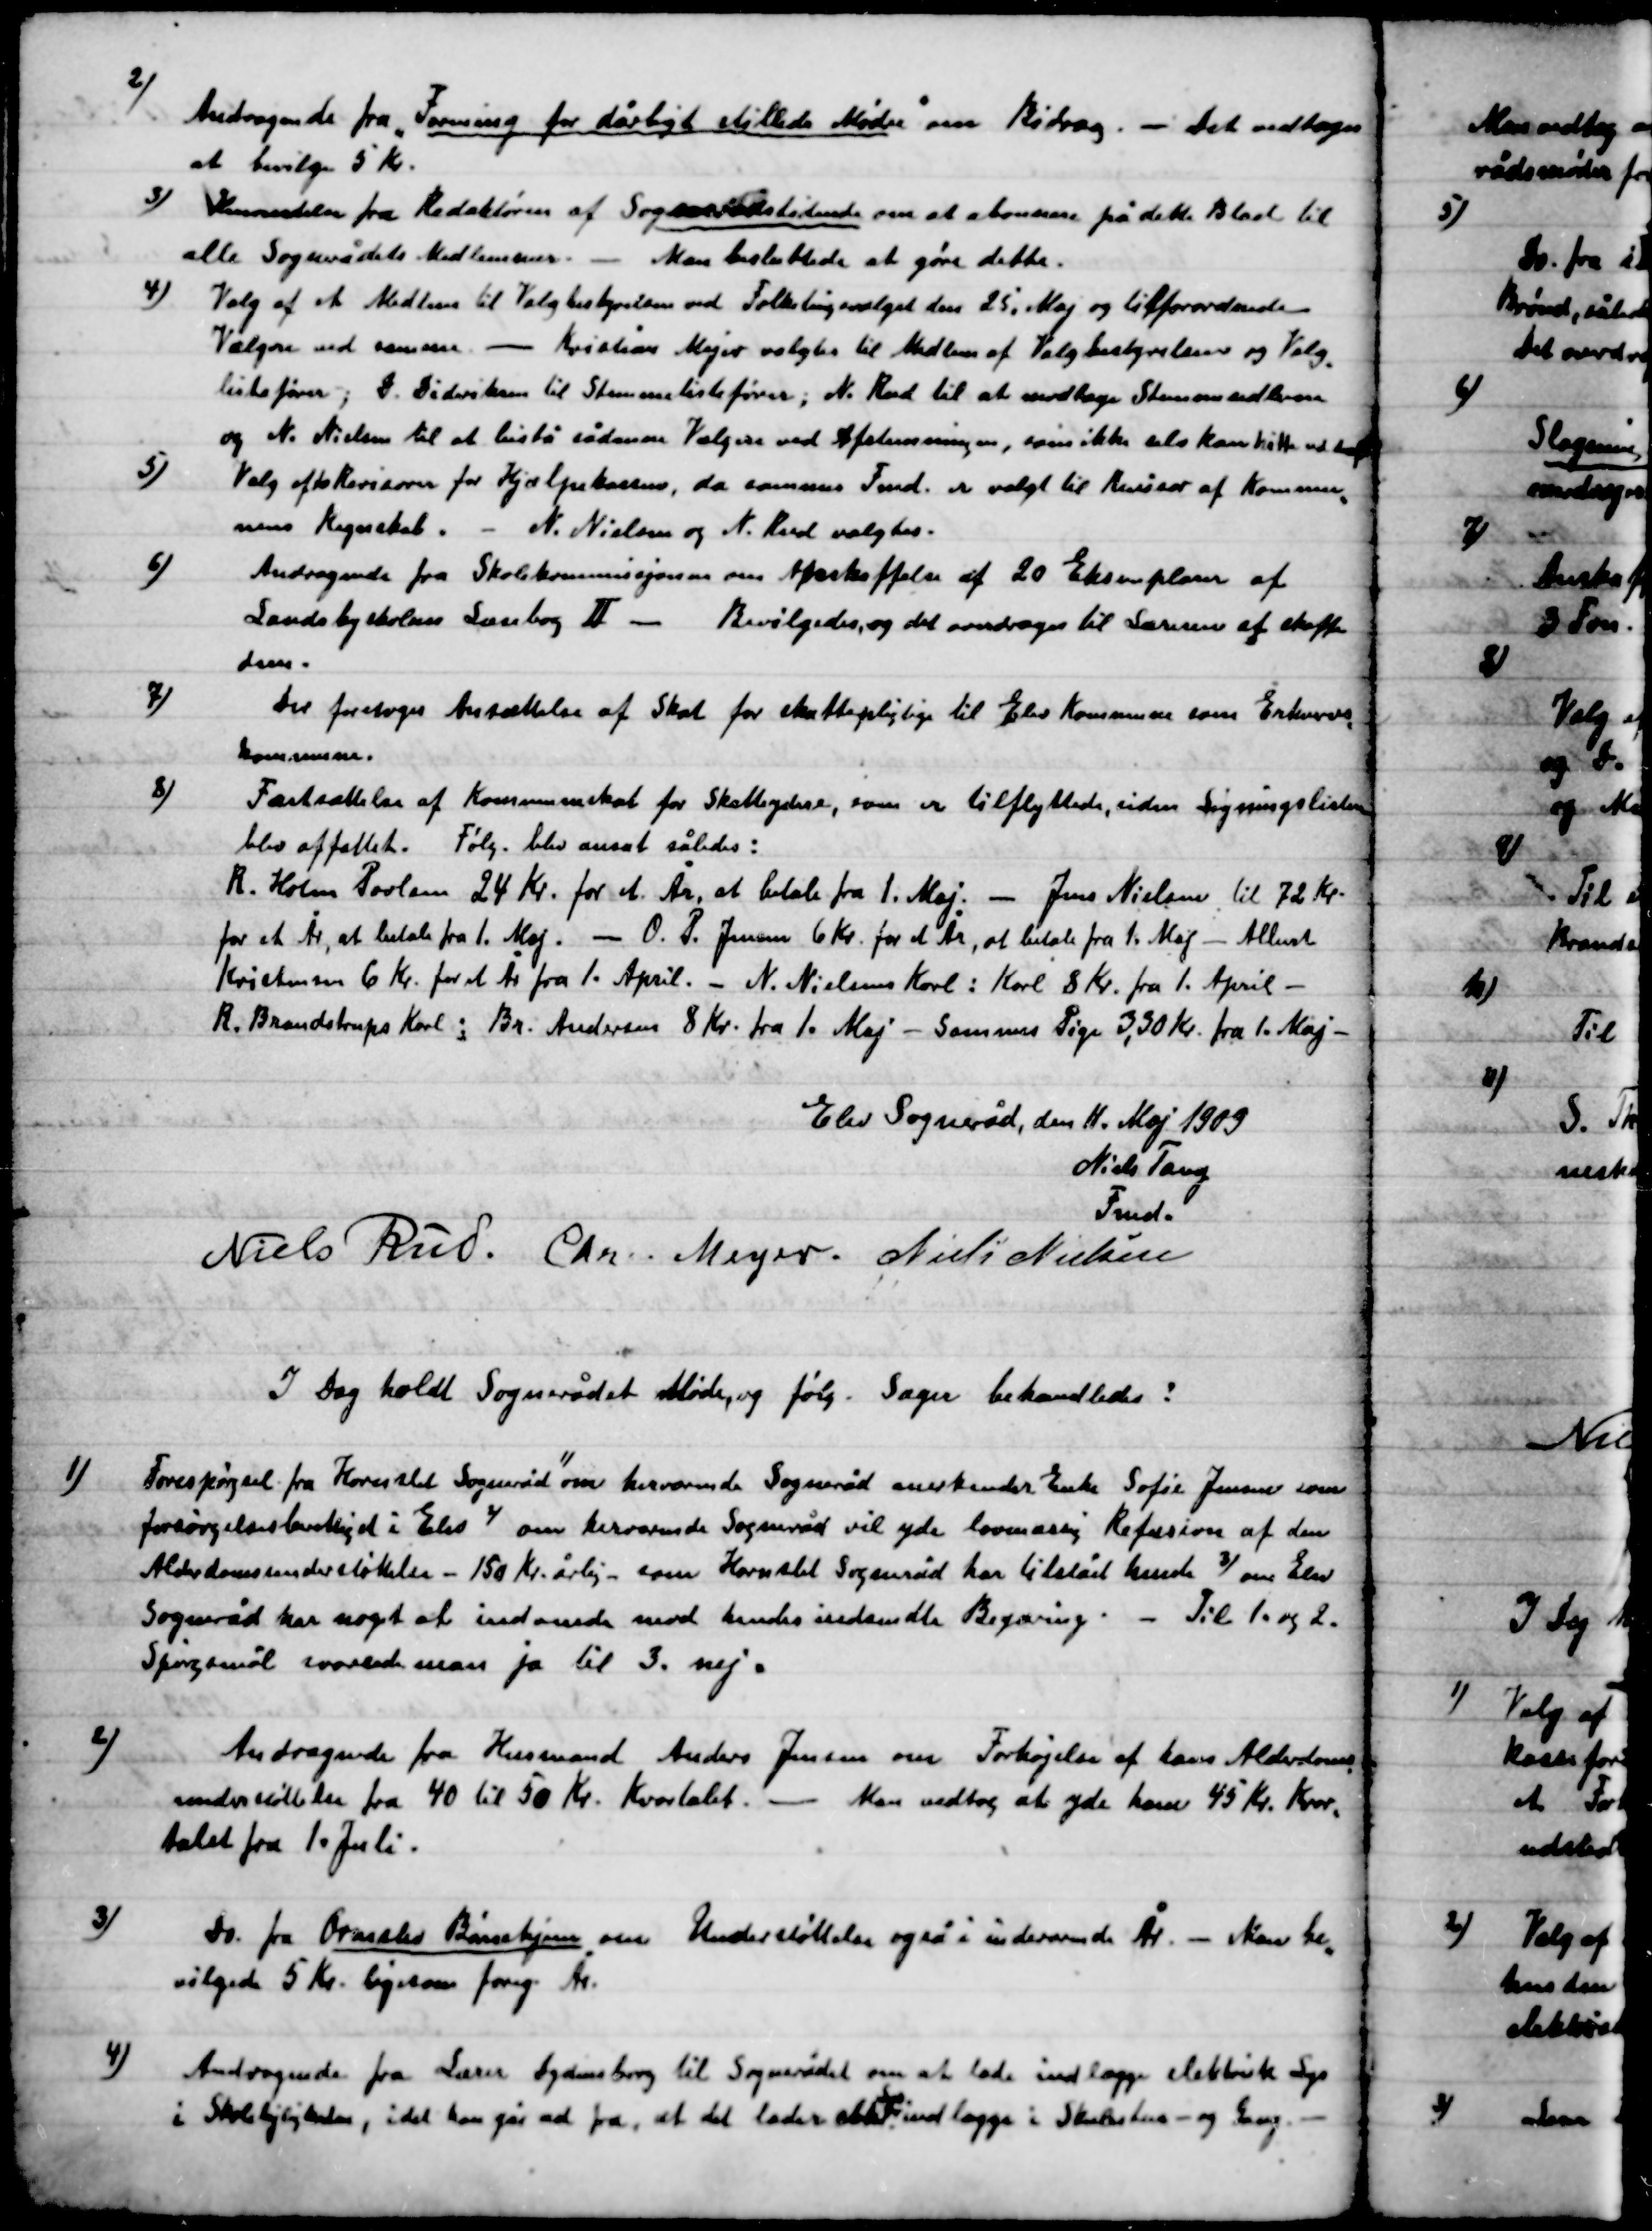
Transskription:
2)

Andragende fra Foreningen for dårligt stillede Mødre om Bidrag. – Det vedtoges
at bevilge 5 Kr.

3)

Henvendelse fra Redaktøren af Sognerådstidende om at abonnere på dette Blad til
alle Sognerådets Medlemmer. – Man besluttede at gøre dette.

4)

Valg af et Medlem til Valgbestyrelsen ved Folketingsvalget den 25. Maj og tilforordnede
Valgene ved samme. – Kristian Mejer valgtes til Medlem af Valgbestyrelsens og Valg-
listefører; D. Dideriksen til Stemmelistefører; N. Rud til at modtage Stemmesedlerne
og N. Nielsen til at bistå sådanne Vælgere ved Afstemningen,  som ikke selv kan hitte ud deraf.

5)

Valg af to Revisorer for Hjælpeklassen, da samme Fmd. er valgt til Revisor af Kommune-
nens Regnskab, - N. Nielsen og N. Rud valgtes.

6)

Andragende fra Skolekommissionen om at Anskaffelsen af 20 Eksemplarer af
Landsbyskolens Lærebog II. – Bevilgedes, og det overdroges til Læreren at skaffe
Dem.

7)

Der foretoges Ansættelse af Skat for skattepligtige til Elev Kommune som Erhvervs-
Kommune.

8)

Fastsættelse af Kommuneskat for skatteydere, som er tilflyttede, siden Ligningslisten
blev affattet. Følg. Blev ansat således:
R. Holm Povlsen 24 Kr. for et År., at betale fra 1. Maj. – Jens Nielsen til 72 Kr.
for et År., at betale fra 1. Maj. –O. P. Jensen 6 Kr. for et År., at betale fra 1. Maj. – Albert
Kristensen 6 Kr. for et År., at betale fra 1. April. – N. Nielsens Karl: Karl 8 Kr. fra 1. April –
R. Brandstrups Karl ; Br. Andersen 8 Kr. fra 1. Maj – Sammes Pige 3,30 Kr. fra 1. Maj –

Elev Sogneråd, den 11. maj 1909

Niels Tang
Fmd.
Niels Rud
Chr. Meyer
Niels Nielsen

I Dag holdt Sognerådet Møde, og følg. Sager behandledes:

1)

Forespørgsel fra Hornslet Sogneråd 1 om herværende Sogneråd anerkender Enke Sofie Jensen som
Forsørgelsesberettiget i Elev 2 om Derværende Sogneråd vil yde lovmæssig Refusion af den
Alderdomsunderstøttelse – 150 Kr. årlig – som Hornslet Sogneråd har tilstået hende 3 om Elev
Sogneråd har noget at indvende mod hendes indsendte Begæring. – Til 1. og 2.
Spørgsmål svarede man ja til 3. nej.

2)

Andragende fra Husmand Anders Jensen om Forhøjelse af hans Alderdoms-
Understøttelse fra 40 til 50 Kr. Kvartalet. – Man vedtog at yde ham 45 Kr. Kvar-
talet fra 1. Juli.

3)

Do. fra  Ormslev Børnehjem om Understøttelse også i indeværende År. – Man be-
vilgede 5 Kr. ligesom forrig År.

4)

Andragende fra lærer Dydensborg til Sognerådet om at lade indlægge elektrisk Lys
I skolelejligheden, idet han går ud fra, at det obtr. Lys indlægges i Skolestue- og Gang. -